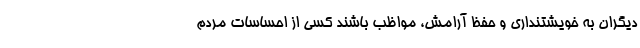
دیگران به خویشتنداری و حفظ آرامش، مواظب باشند کسی از احساسات مردم